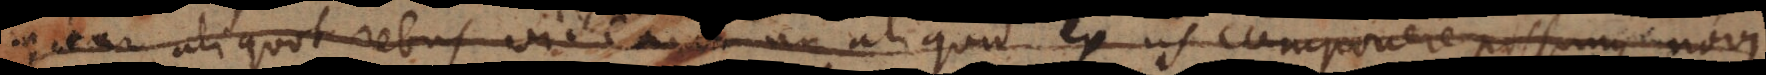
itur aliquot rebus videamus an aliquid ex iis componere possumus novi